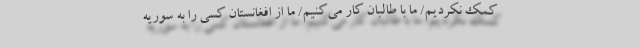
کمک نکردیم/ ما با طالبان کار می‌کنیم/ ما از افغانستان کسی را به سوریه